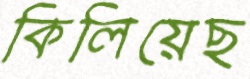
কিলিয়েছ